Report of the Indian Hemp Drugs Commission, 1894-1895 - Volume I
Year: 1894
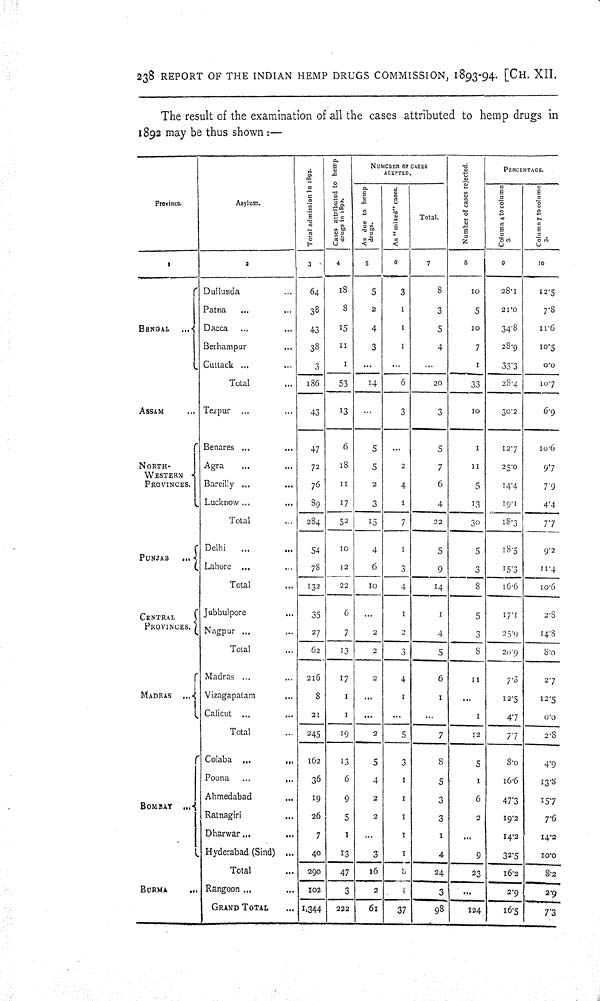
238 REPORT OF THE INDIAN HEMP DRUGS COMMISSION, 1893-94. [CH. XII.
The result of the examination of all the cases attributed to hemp drugs in
1892 may be thus shown:—
Provi nce.
Asyl um.
Total admission in 1892.
Cases attributed to hemp
drugs in 1892.
NUMCBER OF CASES
ACEPTED.
Number of cases rejected.
PERCENTAGE.
Provi nce.
Asyl um.
Total admission in 1892.
Cases attributed to hemp
drugs in 1892.
As due to hemp
drugs.
As "mixed" cases.
Total.
Number of cases rejected.
Column 4 to column
3.
Column 7 to column
3.
1
2
3
4
5
6
7
8
9
10
BENGAL
Dullunda
64
18
5
3
8
10
28.1
12.5
BENGAL
Patna
38
8
2
1
3
5
21.0
7.8
BENGAL
Dacca
43
15
4
1
5
10
34.8
11.6
BENGAL
Berhampur
38
11
3
1
4
7
28.9
10.5
BENGAL
Cuttack
3
1
1
33.3
0.0
BENGAL
Total
186
53
14
6
20
33
28.4
10.7
ASSAM
Tezpur
43
13
3
3
10
30.2
6.9
NORTH-
-------
PROVINCES.
Benares
47
6
5
5
1
12.7
10.6
NORTH-
-------
PROVINCES.
Agra
72
18
5
2
7
11
25.0
9.7
NORTH-
-------
PROVINCES. Bareilly
76
11
2
4
6
5
14.4
7.9
NORTH-
-------
PROVINCES.
Lucknow
89
17
3
1
4
13
19.1
4.4
NORTH-
-------
PROVINCES.
Total
284 52
15
7
22
30
18.3
7.7
PUNJAB
Delhi
54
10
4
1
5
5
18.5
9.2
PUNJAB
Lahore
78
12
6
3
9
3
15.3
11.4
PUNJAB
Total
132
22
10
4
14
8
16.6
10.6
CENTRAL
PROVINCES.
Jubbulpore
35
6
1
1
5
17.1
2.8
CENTRAL
PROVINCES. Nagpur
27
7
2
2
4
3
25.9
14.8
CENTRAL
PROVINCES.
Total
62
13
2
3
5
8
20.9
8.0
MADRAS
Madras
216
17
2
4
6
11
7.8
2.7
MADRAS
Vizagapatam
8
1
1
1
12.5
12.5
MADRAS
Calicut
21
1
1
4.7
0.0
MADRAS
Total
245
19
2
5
7
12
7.7
2.8
BOMBAY
Colaba
162
13
5
3
8
5
8.0
4.9
BOMBAY
Poona
36
6
4 1
5
1
16.6
13.8
BOMBAY
Ahmedabad
19
9
2 1
3
6
47.3
15.7
BOMBAY
Ratnagiri
26
5
2 1
3
2
19.2
7.6
BOMBAY
Dharwar
7
1
1
1
14.2
14.2
BOMBAY
Hyderabad
(Sind)
40
13
3 1
4
9
32.5
10.0
BOMBAY
Total
290
47
16
8
24
23
16.2
8.2
BURMA
Rangoon
102
3
2
1
3
2.9
2.9
BURMA
GRAND TOTAL
1,344 222
61
37
98
124
16.5
7.3